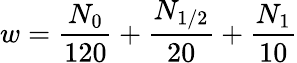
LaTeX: w=\frac{N_{0}}{120}+\frac{N_{1/2}}{20}+\frac{N_{1}}{10}